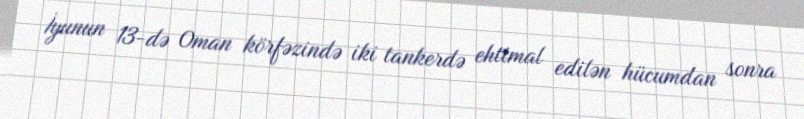
İyunun 13-də Oman körfəzində iki tankerdə ehtimal edilən hücumdan sonra